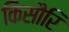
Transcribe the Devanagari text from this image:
किसौरि